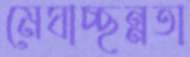
মেঘাচ্ছন্নতা